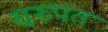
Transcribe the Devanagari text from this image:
वरुपत